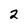
Character: 2